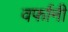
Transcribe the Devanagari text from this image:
वर्फानी